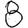
Digit: 8